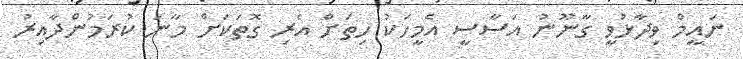
ނައީމް ވިދާޅުވީ ގާނޫނު އަސާސީ އެމީހަކު ހިތަށް އެރި ގޮތަކަށް މާނަ ކުރަމުންދާއިރު